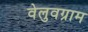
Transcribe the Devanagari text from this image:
वेलुवग्राम